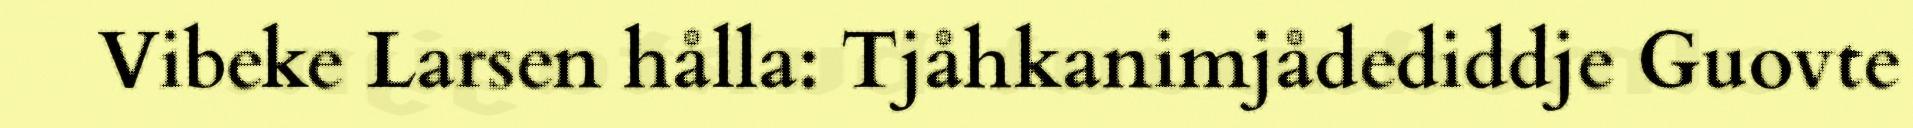
Vibeke Larsen hålla: Tjåhkanimjådediddje Guovte